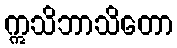
ဣသိဘာသိတော